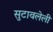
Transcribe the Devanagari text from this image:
सुटावलेली